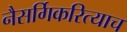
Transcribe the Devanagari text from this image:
नैसर्गिकरित्याच